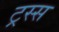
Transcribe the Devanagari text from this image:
ट्रस्स